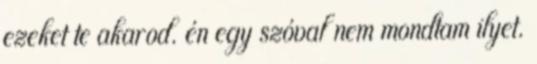
ezeket te akarod. én egy szóval nem mondtam ilyet.